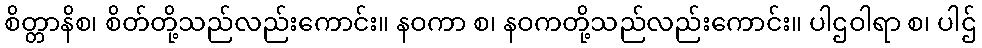
စိတ္တာနိစ၊ စိတ်တို့သည်လည်းကောင်း။ နဝကာ စ၊ နဝကတို့သည်လည်းကောင်း။ ပါဌဝါရာ စ၊ ပါဌ်